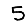
Digit: 5